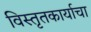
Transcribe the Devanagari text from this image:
विस्तृतकार्याचा